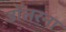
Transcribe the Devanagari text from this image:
डॉलरना